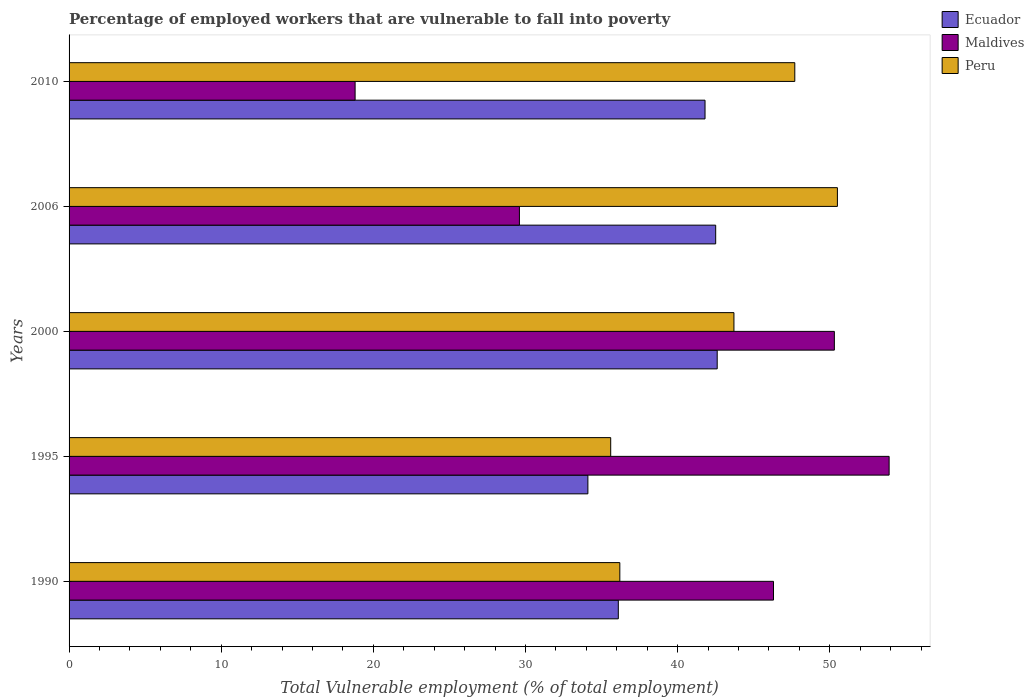
| Years | Ecuador | Maldives | Peru |
 | --- | --- | --- | --- |
 | 1990 | 36.1 | 46.3 | 36.2 |
 | 1995 | 34.1 | 53.9 | 35.6 |
 | 2000 | 42.6 | 50.3 | 43.7 |
 | 2006 | 42.5 | 29.6 | 50.5 |
 | 2010 | 41.8 | 18.8 | 47.7 |